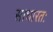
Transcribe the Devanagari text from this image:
साधारतः